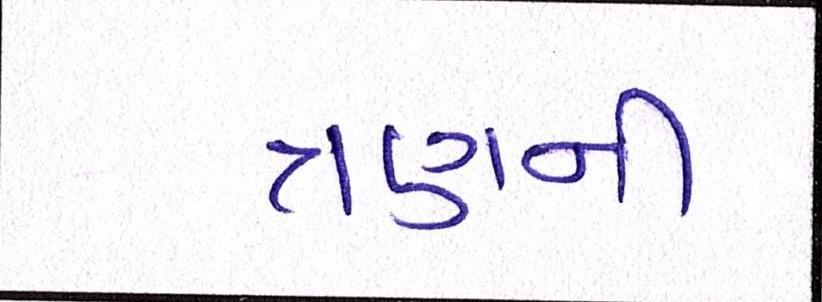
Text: ત્રણની